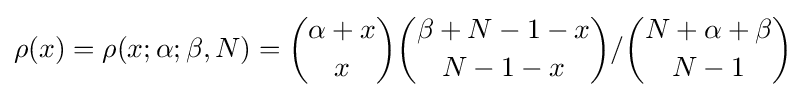
\rho (x)=\rho (x;\alpha ;\beta ,N)={\binom {\alpha +x}{x}}{\binom {\beta +N-1-x}{N-1-x}}/{\binom {N+\alpha +\beta }{N-1}}